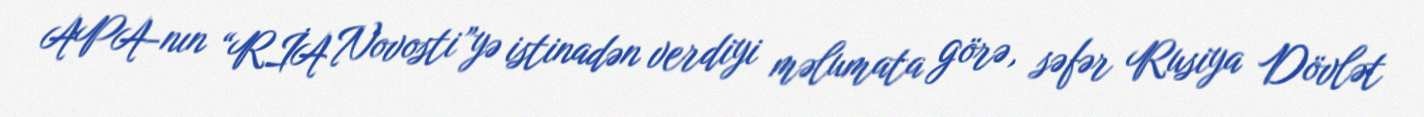
APA-nın “RİA Novosti”yə istinadən verdiyi məlumata görə, səfər Rusiya Dövlət